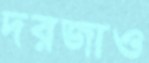
দরজাও